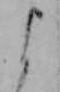
よ